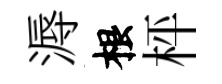
溽根枰